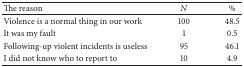
| The reason | N | % |
 | --- | --- | --- |
 | Violence is a normal thing in our work | 100 | 48.5 |
 | It was my fault | 1 | 0.5 |
 | Following-up violent incidents is useless | 95 | 46.1 |
 | I did not know who to report to | 10 | 4.9 |